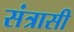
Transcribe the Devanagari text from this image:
संत्रासी